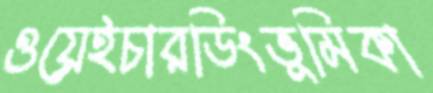
ওয়েইচারডিংভূমিকা